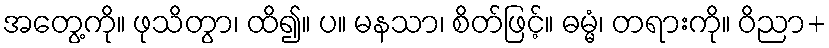
အတွေ့ကို။ ဖုသိတွာ၊ ထိ၍။ ပ။ မနသာ၊ စိတ်ဖြင့်။ ဓမ္မံ၊ တရားကို။ ဝိညာ+